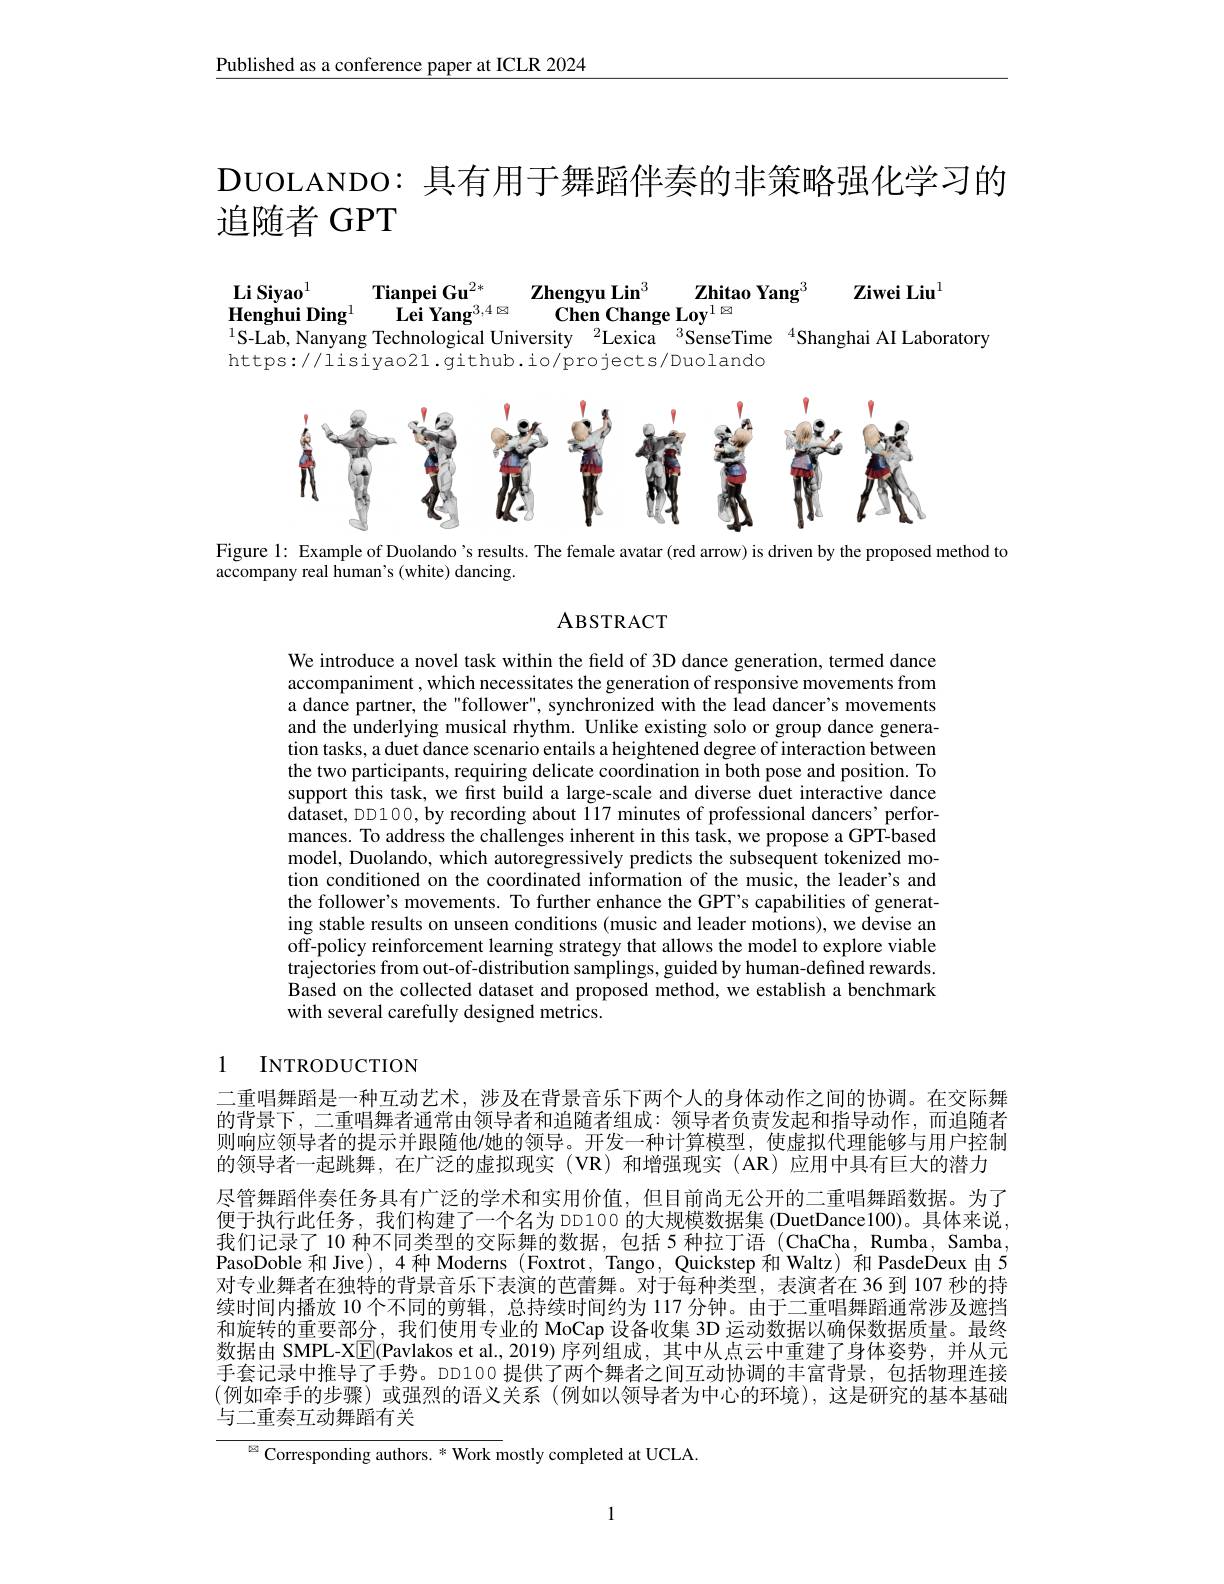
Published as a conference paper at ICLR 2024

DUOLANDO: 具有用于舞蹈伴奏的非策略强化学习的
追随者 GPT

Li Siyao$^{1}$ Tianpei Gu$^{2*}$
Zhengyu Lin$^3$
$\mathbf{Zhitao~Yang}^{3}$
Ziwei Liu$^{1}$
$\mathbf{Lei~Yang}^{3,4\boxtimes}$
$\mathbf{Chen~Change~Loy}^{1\otimes}$
Henghui Ding$^{1}$
$^{1}$S-Lab, Nanyang Technological University$^2$Lexica$^{3}$SenseTime$^{4}$Shanghai AI Laboratory
https://lisiyao21.github.io/projects/Duolando

<FigureHere>

Figure l: Example of Duolando 's results. The female avatar (red arrow) is driven by the proposed method to

accompany real human's (white) dancing.

ABSTRACT

We introduce a novel task within the feld of 3D dance generation, termed dance accompaniment , which necessitates the generation of responsive movements from a dance partner, the "follower", synchronized with the Îead dancer's movements and the underlying musical rhythm. Unlike existing solo or group dance generation tasks, a duet dance scenario entails a heightened degree of interaction between the two participants, requiring delicate coordination in both pose and position. To support this task, we first build a large-scale and diverse duet interactive dance dataset, DD100, by recording about 117 minutes of professional dancers' performances. To address the challenges inherent in this task, we propose a GPT-based model, Duolando, which autoregressively predicts the subsequent tokenized motion conditioned on the coordinated information of the music, the leader's and the follower's movements. To further enhance the GPT's capabilities of generating stable results on unseen conditions (music and leader motions), we devise an off-policy reinforcement learning strategy that allows the model to explore viable trajectories from out-of-distribution samplings, guided by human-defined rewards. Based on the collected dataset and proposed method, we establish a benchmark with several carefully designed metrics.

# 1 INTRODUCTION

二重唱舞蹈是一种互动艺术，涉及在背景音乐下两个人的身体动作之间的协调。在交际舞的背景下，二重唱舞者通常由领导者和追随者组成：领导者负责发起和指导动作，而追随者则响应领导者的提示并跟随他/她的领导。开发一种计算模型，使虚拟代理能够与用户控制的领导者一起跳舞，在广泛的虚拟现实(VR)和增强现实(AR)应用中具有巨大的潜力尽管舞蹈伴奏任务具有广泛的学术和实用价值，但目前尚无公开的二重唱舞蹈数据。为了便于执行此任务，我们构建了一个名为 DD100 的大规模数据集 (DuetDance100)。具体来说我们记录了 10 种不同类型的交际舞的数据 ,包括 5 种拉丁语 (ChaCha, Rumba, Samba PasoDoble 和 Jive), 4 种 Moderns (Foxtrot, Tango, Quickstep 和 Waltz) 和 PasdeDeux 由 5对专业舞者在独特的背景音乐下表演的芭蕾舞。对于每种类型，表演者在 36 到 107 秒的持续时间内播放 10 个不同的剪辑，总持续时间约为 117 分钟。由于二重唱舞蹈通常涉及遮挡和旋转的重要部分，我们使用专业的 MoCap 设备收集 3D 运动数据以确保数据质量。最终数据由 SMPL-X$\boxed{\mathrm{F}}$(Pavlakos et al., 2019) 序列组成，其中从点云中重建了身体姿势，并从元手套记录中推导了手势。DD100 提供了两个舞者之间互动协调的丰富背景，包括物理连接(例如牵手的步骤)或强烈的语义关系(例如以领导者为中心的环境),这是研究的基本基础与二重奏互动舞蹈有关
$^{\textcircled{\mathrm{Z}}}$ Corresponding authors. * Work mostly completed at UCLA

1